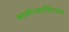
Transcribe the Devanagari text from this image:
बायोप्लास्टिक्स